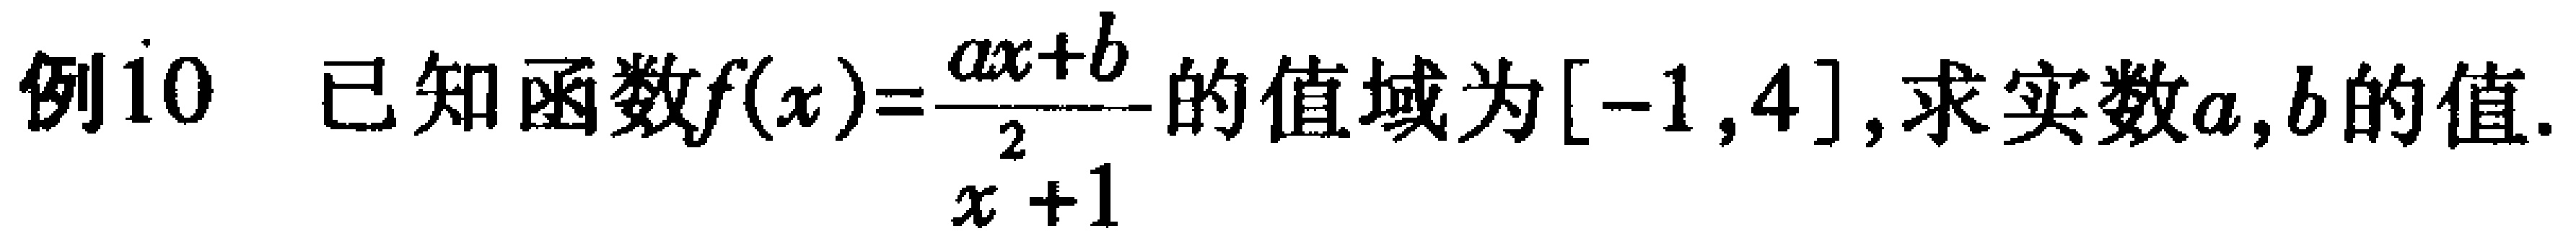
例10 已知函数\(f(x)=\frac{ax + b}{x^{2}+1}\)的值域为\([-1,4]\),求实数\(a,b\)的值.